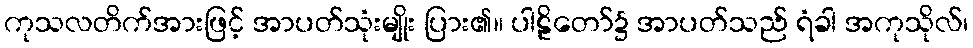
ကုသလတိက်အားဖြင့် အာပတ်သုံးမျိုး ပြား၏။ ပါဠိတော်၌ အာပတ်သည် ရံခါ အကုသိုလ်၊